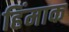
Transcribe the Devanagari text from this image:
हिंमाक